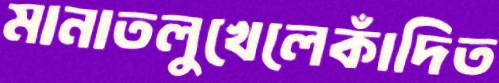
মানাতলুখেলেকাঁদিত